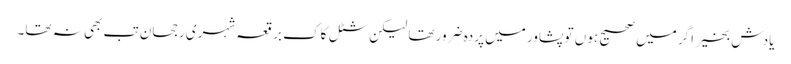
یادش بخیر اگر میں صحیح ہوں تو پشاور میں پردہ ضرور تھا لیکن شٹل کاک برقعہ شہری رجحان تب بھی نہ تھا۔